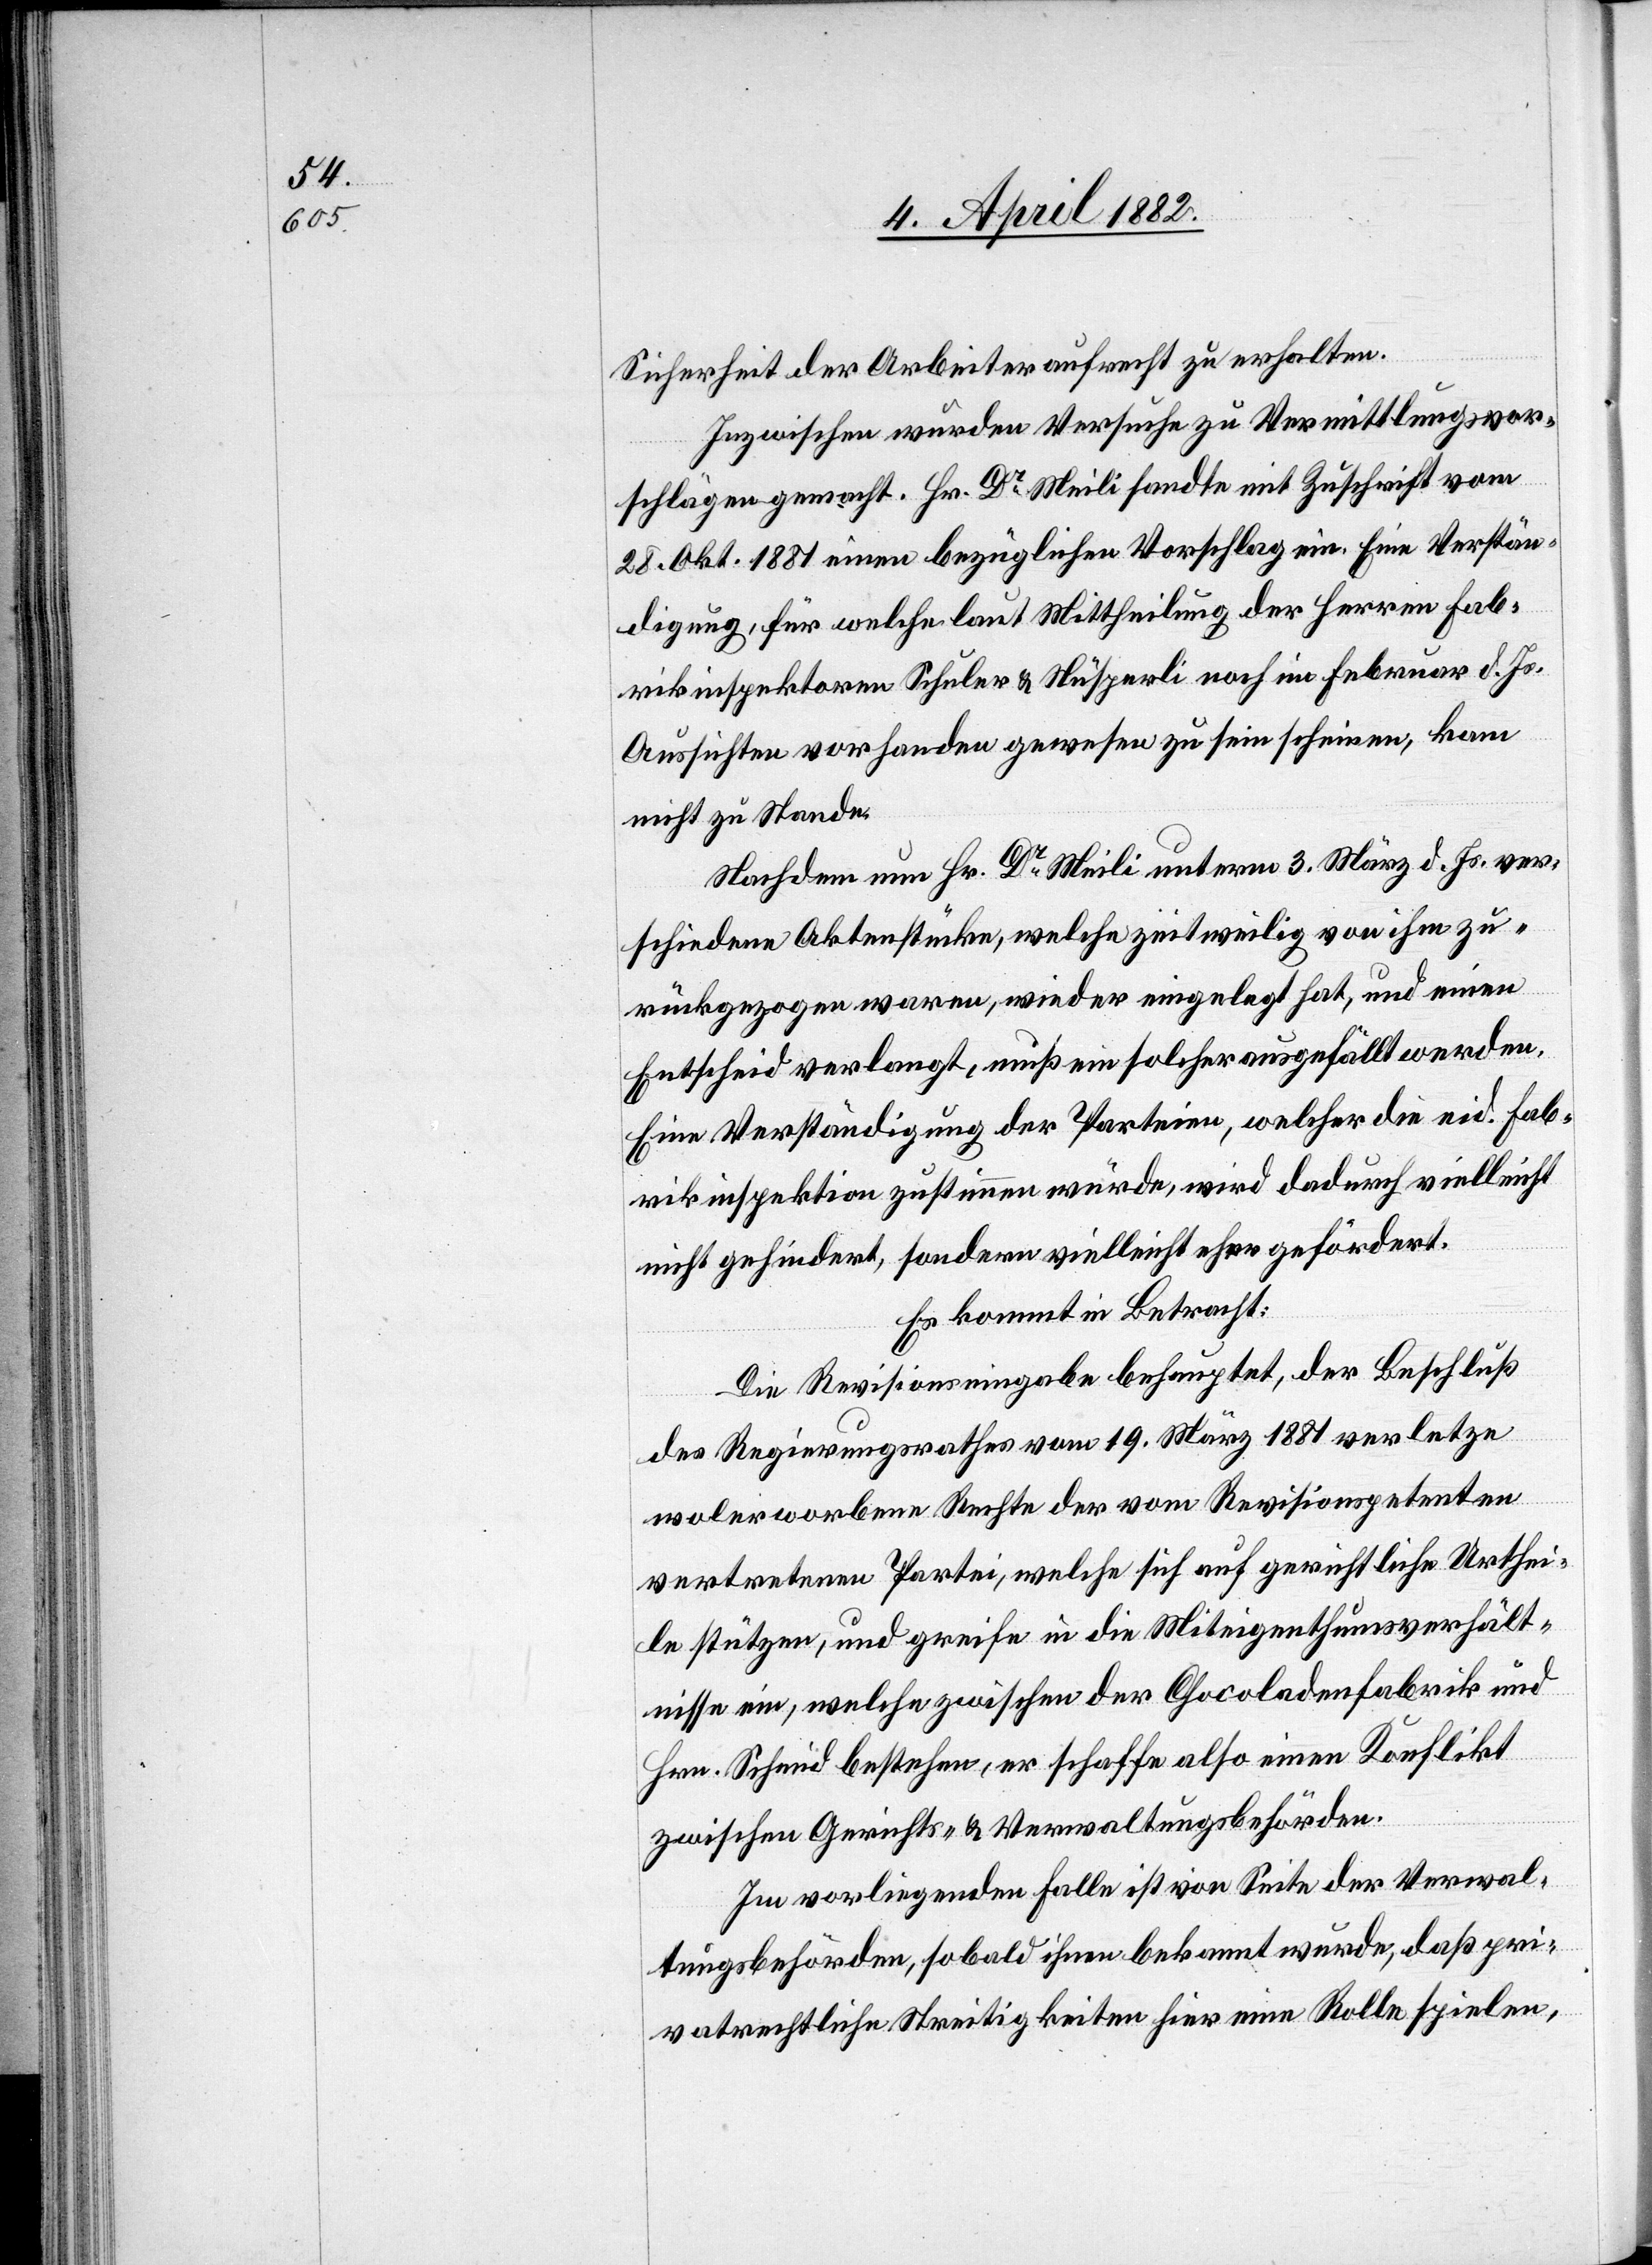
Sicherheit der Arbeiter aufrecht zu erhalten.
Inzwischen wurden Versuche zu Vermittlungsvor¬
schlägen gemacht. Hr. Dr Meili sandte mit Zuschrift vom
28. Okt. 1881 einen bezüglichen Vorschlag ein. Eine Verstän¬
digung, für welche laut Mittheilung der Herren Fab¬
rikinspektoren Schuler & Nüsperli noch im Februar d. Js.
Aussichten vorhanden gewesen zu sein scheinen, kam
nicht zu Stande.
Nachdem nun Hr. Dr Meili unterm 3. März d. Js. ver¬
schiedene Aktenstücke, welche zeitweilig von ihm zu¬
rückgezogen waren, wieder eingelegt hat, und einen
Entscheid verlangt, muß ein solcher ausgefällt werden.
Eine Verständigung der Parteien, welcher die eid. Fab¬
rikinspektion zustimmen würde, wird dadurch vielleicht
nicht gehindert, sondern vielleicht eher gefördert.
Es kommt in Betracht:
Die Revisionseingabe behauptet, der Beschluß
des Regierungsrathes vom 19. März 1881 verletze
wolerworbene Rechte der vom Revisionspetenten
vertretenen Partei, welche sich auf gerichtliche Urthei¬
le stützen, und greife in die Miteigenthumsverhält¬
nisse ein, welche zwischen der Chocoladenfabrik und
Hrn. Schmid bestehen, er schaffe also einen Konflikt
zwischen Gerichts- & Verwaltungsbehörden.
Im vorliegenden Falle ist von Seite der Verwal¬
tungsbehörden, sobald ihnen bekannt wurde, daß pri¬
vatrechtliche Streitigkeiten hier eine Rolle spielen,